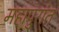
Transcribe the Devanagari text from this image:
महापुरांत